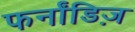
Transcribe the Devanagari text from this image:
फर्नांडिज़